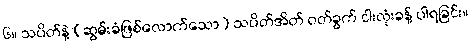
၆။ သပိတ်နဲ့ (ဆွမ်းခံဖြစ်လောက်သော) သပိတ်အိတ် ဝတ်ခွက် ငါးလုံးခန့် ပါရခြင်း။